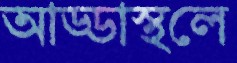
আড্ডাস্থলে